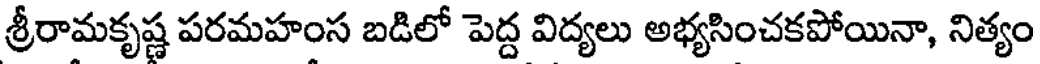
శ్రీరామకృష్ణ పరమహంస బడిలో పెద్ద విద్యలు అభ్యసించకపోయినా, నిత్యం